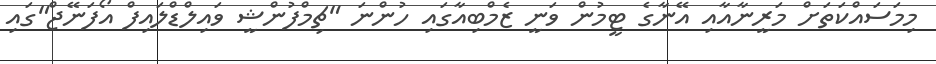
މިމަސައްކަތަށް މަރީނާއާއި އޭނާގެ ޓީމުން ވަނީ ޒެމްބިއާގައި ހުންނަ "ޗިމްފުންޝީ ވައިލްޑްލައިފް އޯފަނޭޖް"ގައި